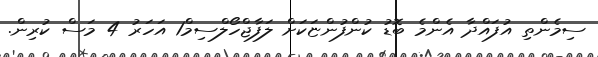
ސިމެންތި އުފައްދާ އެންމެ ބޮޑު ކުންފުންޏަކަށް ލަފާޖްހޯލްސިމް1 އަހަރު 4 މަސް ކުރިން.